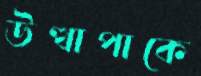
উত্থাপাকে